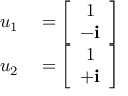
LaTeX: \begin{array} { r l } { u _ { 1 } } & { { } = { \left[ \begin{array} { l } { { \ } 1 } \\ { - \mathbf { i } } \end{array} \right] } } \\ { u _ { 2 } } & { { } = { \left[ \begin{array} { l } { { \ } 1 } \\ { + \mathbf { i } } \end{array} \right] } } \end{array}